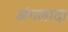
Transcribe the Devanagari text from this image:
अंगलादा